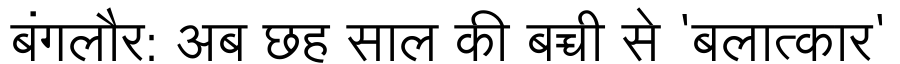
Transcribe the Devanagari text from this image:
बंगलौर: अब छह साल की बच्ची से 'बलात्कार'